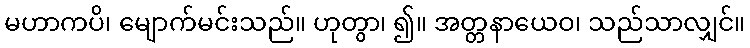
မဟာကပိ၊ မျောက်မင်းသည်။ ဟုတွာ၊ ၍။ အတ္တနာယေဝ၊ သည်သာလျှင်။